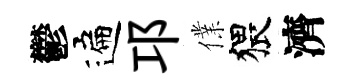
鬱遍邛㒒猥濟